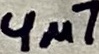
Text: 4µ7